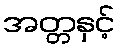
အတ္တနှင့်